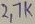
Text: 2.7K